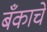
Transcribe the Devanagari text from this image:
बँकाचे